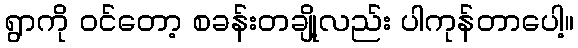
ရွာကို ဝင်တော့ စခန်းတချို့လည်း ပါကုန်တာပေါ့။